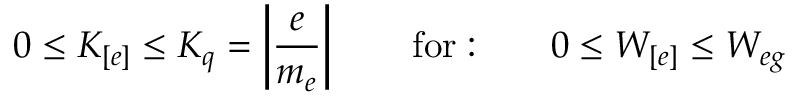
0 \leq K _ { [ e ] } \leq K _ { q } = \left| \frac { e } { m _ { e } } \right| \qquad \mathrm { f o r : } \qquad 0 \leq W _ { [ e ] } \leq W _ { e g }